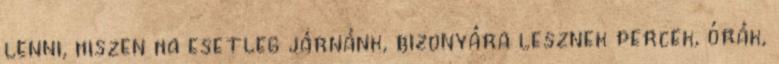
lenni, hiszen ha esetleg járnánk, bizonyára lesznek percek, órák,